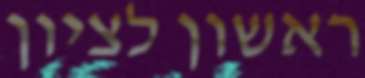
ראשון לציון